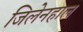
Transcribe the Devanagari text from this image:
जिलेनहाल